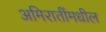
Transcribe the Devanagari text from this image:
अमिरातींमधील